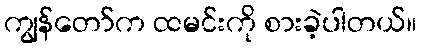
ကျွန်တော်က ထမင်းကို စားခဲ့ပါတယ်။